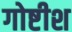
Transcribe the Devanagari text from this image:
गोष्टीश